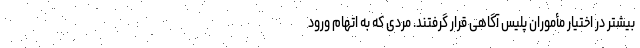
بیشتر در اختیار مأموران پلیس آگاهی قرار گرفتند. مردی که به اتهام ورود